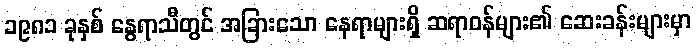
၁၉၈၁ ခုနှစ် နွေရာသီတွင် အခြားသော နေရာများရှိ ဆရာဝန်များ၏ ဆေးခန်းများမှာ